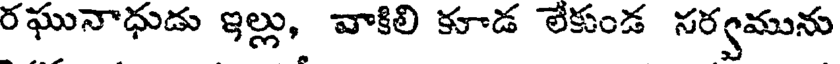
రఘునాధుడు ఇల్లు, వాకిలి కూడ లేకుండ సర్వమును